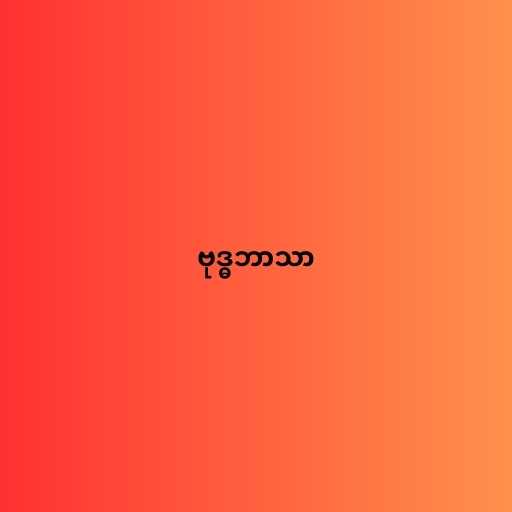
ဗုဒ္ဓဘာသာ